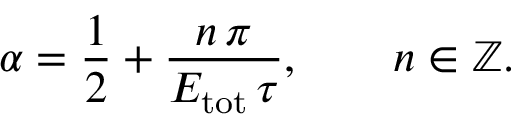
\alpha = \frac { 1 } { 2 } + \frac { n \, \pi } { E _ { \mathrm { t o t } } \, \tau } , \qquad n \in \mathbb { Z } .